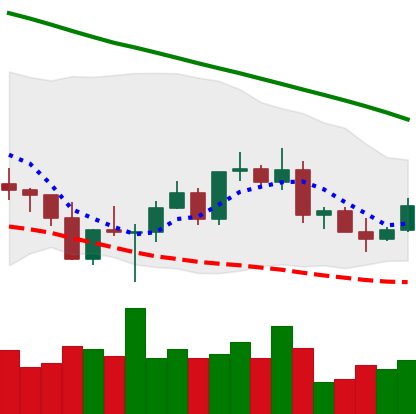
Ticker: ETC-USD
Chart end date: 2022-03-09
Forward return: -7.739%
Label: down_7plus